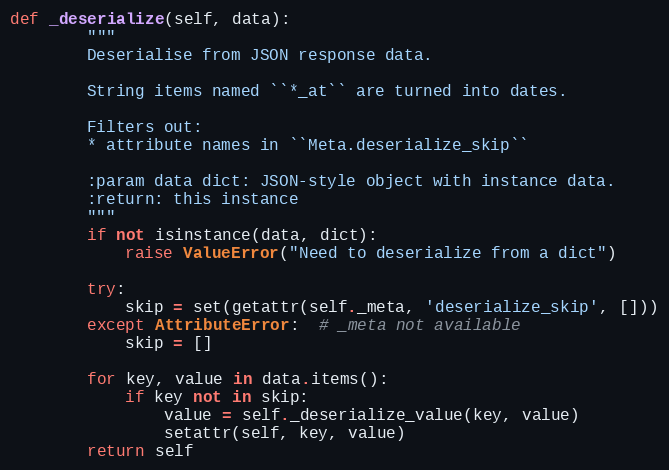
Language: Python
def _deserialize(self, data):
        """
        Deserialise from JSON response data.

        String items named ``*_at`` are turned into dates.

        Filters out:
        * attribute names in ``Meta.deserialize_skip``

        :param data dict: JSON-style object with instance data.
        :return: this instance
        """
        if not isinstance(data, dict):
            raise ValueError("Need to deserialize from a dict")

        try:
            skip = set(getattr(self._meta, 'deserialize_skip', []))
        except AttributeError:  # _meta not available
            skip = []

        for key, value in data.items():
            if key not in skip:
                value = self._deserialize_value(key, value)
                setattr(self, key, value)
        return self